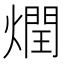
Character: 𰟟